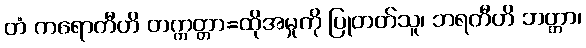
တံ ကရောတီတိ တက္ကတ္တာ=ထိုအမှုကို ပြုတတ်သူ၊ ဘရတီတိ ဘတ္တာ၊